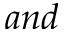
a n d